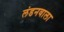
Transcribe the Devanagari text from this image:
लंडनवाला